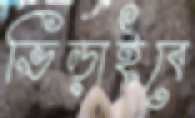
ভিড়াইবে